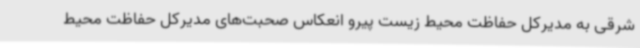
شرقی به مدیرکل حفاظت محیط زیست پیرو انعکاس صحبت‌های مدیرکل حفاظت محیط